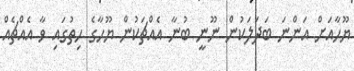
ޔޫހާއަށް އަންނަ ބަދަލަކުން ނޫނީ ބުނާ އެއްޗަކުން ޔޫހާގެ ހިތުގައި ވާ އެއްޗެއް